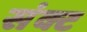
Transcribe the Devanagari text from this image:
संक्ट